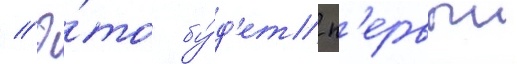
// Э́то бу́д'ет п'ервыи